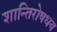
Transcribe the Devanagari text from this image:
शान्तिरोषधय